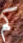
كم